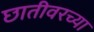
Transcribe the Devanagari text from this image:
छातीवरच्या